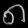
Digit: ၈